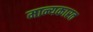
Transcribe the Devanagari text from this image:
मान्यकारत